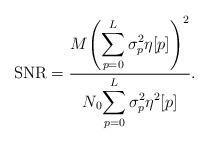
LaTeX: \begin{align*}\mathrm{SNR}=\frac{M\displaystyle{\left(\sum_{p=0}^L\sigma_p^2\eta[p]\right)^2}}{N_0\displaystyle{\sum_{p=0}^L\sigma_p^2\eta^2[p]}}.\end{align*}